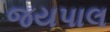
જયપાલ